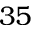
3 5